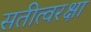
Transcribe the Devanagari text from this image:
सतीत्वरक्षा